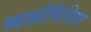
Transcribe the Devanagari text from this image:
व्यक्तीविशिष्ट